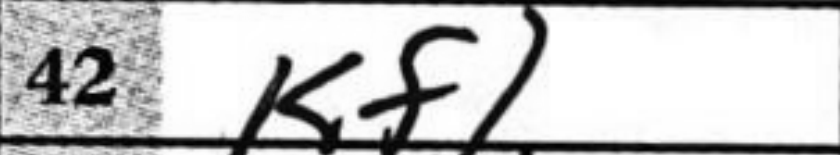
Transcription: Kf1